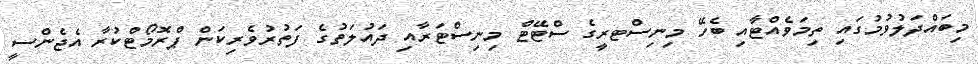
މިބައްދަލުވުމުގައި ތިމަވެއްޓާއި ބެހޭ މިނިސްޓރީގެ ސްޓޭޓް މިނިސްޓަރާއި ދައުލަތުގެ ފަތުރުވެރިކަން ޕްރޮމޯޓްކުރާ އެޖެންސީ